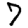
Digit: 7